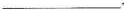
___ .